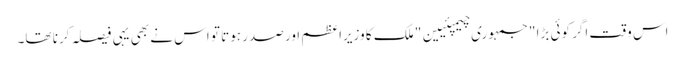
اس وقت اگر کوئی بڑا "جمہوری چیمپئیین" ملک کا وزیراعظم اور صدر ہوتا تو اس نے بھی یہی فیصلہ کرنا تھا۔